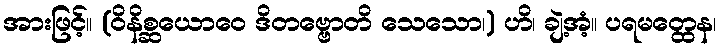
အားဖြင့်။ (ဝိနိစ္ဆယောဝေ ဒိတဗ္ဗောတိ သေသော၊) ဟိ၊ ချဲ့အံ့။ ပရမတ္ထေန၊